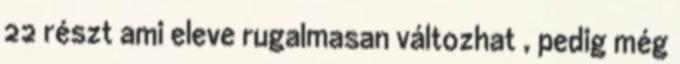
22 részt ami eleve rugalmasan változhat , pedig még